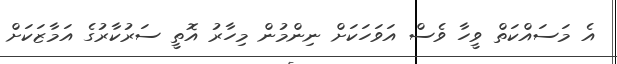
އެ މަސައްކަތް ވީހާ ވެސް އަވަހަކަށް ނިންމުން މިހާރު އޮތީ ސަރުކާރުގެ އަމާޒަކަށް